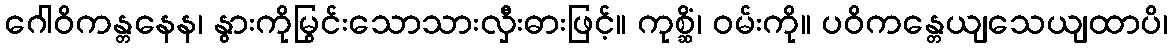
ဂေါဝိကန္တနေန၊ နွားကိုမြွင်းသောသားလှီးဓားဖြင့်။ ကုစ္ဆိံ၊ ဝမ်းကို။ ပဝိကန္တေယျသေယျထာပိ၊